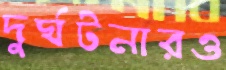
দুর্ঘটনারও